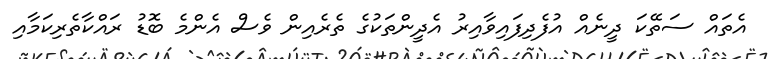
އެތައް ސަތޭކަ ދީނެއް އުފެދިފައިވާއިރު އެދީންތަކުގެ ތެރެއިން ވެސް އެންމެ ބޮޑު ރައްކާތެރިކަމާއި